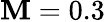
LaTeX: \mathbf{M}=0.3